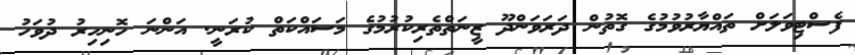
ފެސްޓިވަލަށް ތައްޔާރުވުމުގެ ގޮތުން ދަރަވަންދޫ ޒީނަތްތެރިކުރުމުގެ މަސައްކަތް ކުރަނީ. އަންނަ ހޮނިހިރު ދުވަހު